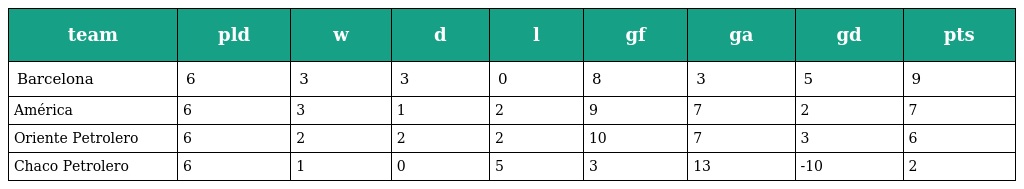
| team | pld | w | d | l | gf | ga | gd | pts |
 | --- | --- | --- | --- | --- | --- | --- | --- | --- |
 | Barcelona | 6 | 3 | 3 | 0 | 8 | 3 | 5 | 9 |
 | América | 6 | 3 | 1 | 2 | 9 | 7 | 2 | 7 |
 | Oriente Petrolero | 6 | 2 | 2 | 2 | 10 | 7 | 3 | 6 |
 | Chaco Petrolero | 6 | 1 | 0 | 5 | 3 | 13 | -10 | 2 |